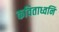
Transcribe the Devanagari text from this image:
कविताध्वनि